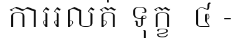
ការរលត់ ទុក្ខ  ៤ -